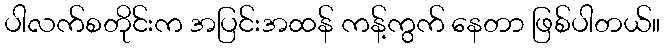
ပါလက်စတိုင်းက အပြင်းအထန် ကန့်ကွက် နေတာ ဖြစ်ပါတယ်။